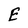
Character: E